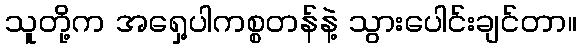
သူတို့က အရှေ့ပါကစ္စတန်နဲ့ သွားပေါင်းချင်တာ။